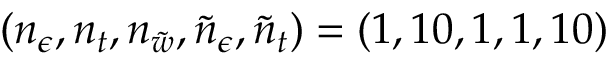
\left( n _ { \epsilon } , n _ { t } , n _ { \tilde { w } } , \tilde { n } _ { \epsilon } , \tilde { n } _ { t } \right) = ( 1 , 1 0 , 1 , 1 , 1 0 )